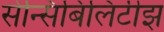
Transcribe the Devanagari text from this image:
सेन्सिबिलिटीझ